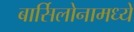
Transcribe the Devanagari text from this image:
बार्सिलोनामध्ये